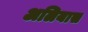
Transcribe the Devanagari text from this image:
अलियास